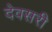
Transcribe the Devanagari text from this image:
देवसरी